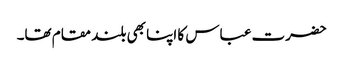
حضرت عباس کا اپنا بھی بلند مقام تھا۔